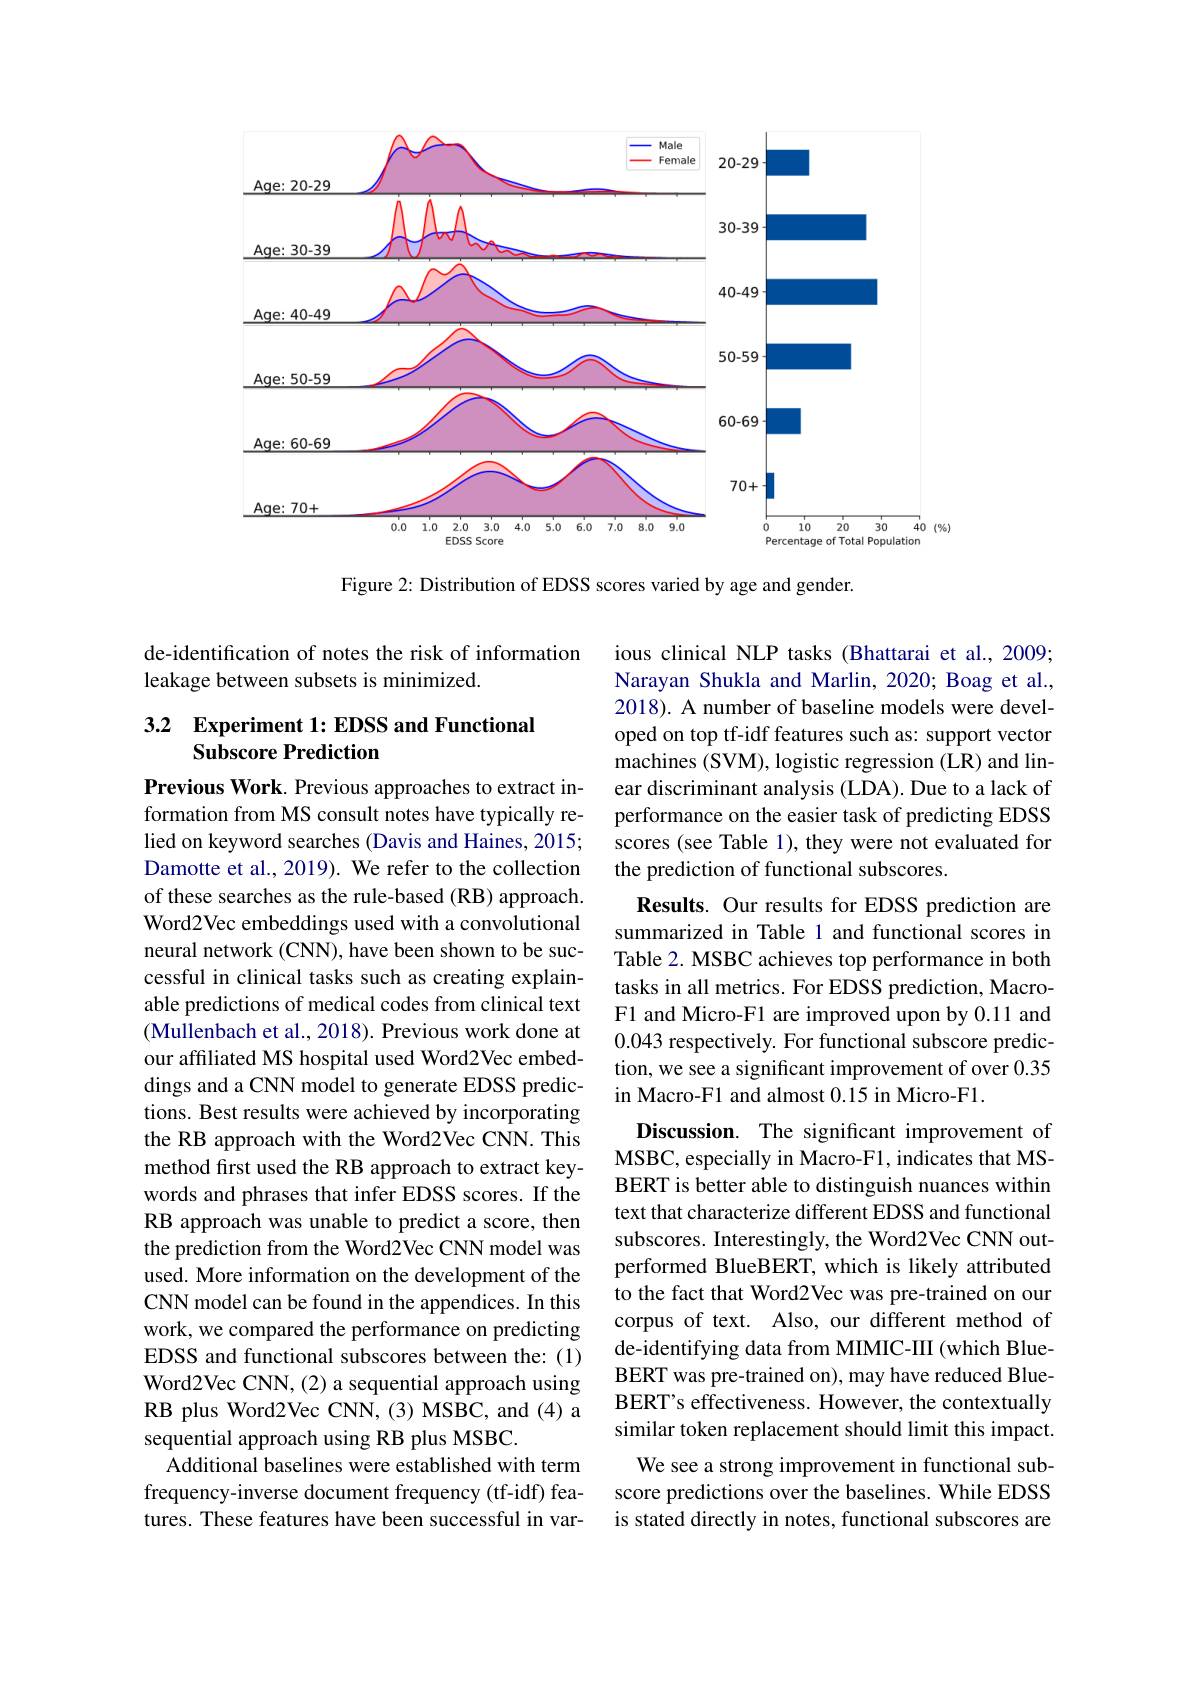
<FigureHere>

Figure 2: Distribution of EDSS scores varied by age and gender.

### de-identification of notes the risk of information leakage between subsets is minimized.

## 3.2 Experiment 1: EDSS and Functional Subscore Prediction

ious clinical NLP tasks (Bhattarai et al., 2009; Narayan Shukla and Marlin, 2020; Boag et al., 2018). A number of baseline models were developed on top tf-idf features such as: support vector machines (SVM), logistic regression (LR) and linear discriminant analysis (LDA). Due to a lack of performance on the easier task of predicting EDSS scores (see Table 1), they were not evaluated for the prediction of functional subscores.
Results. Our results for EDSS prediction are summarized in Table 1 and functional scores in Table 2. MSBC achieves top performance in both tasks in all metrics. For EDSS prediction, MacroF1 and Micro-F1 are improved upon by 0.11 and 0.043 respectively. For functional subscore prediction, we see a significant improvement of over 0.35 in Macro-F1 and almost 0.15 in Micro-F1.
Discussion. The significant improvement of MSBC, especially in Macro-F1, indicates that MSBERT is better able to distinguish nuances within text that characterize different EDSS and functional subscores. Interestingly, the Word2Vec CNN outperformed BlueBERT, which is likely attributed to the fact that Word2Vec was pre-trained on our corpus of text. Also, our different method of de-identifying data from MIMIC-III (which BlueBERT was pre-trained on), may have reduced BlueBERT's effectiveness. However, the contextually similar token replacement should limit this impact. We see a strong improvement in functional subscore predictions over the baselines. While EDSS is stated directly in notes, functional subscores are

Previous Work. Previous approaches to extract information from MS consult notes have typically relied on keyword searches (Davis and Haines, 2015; Damotte et al., 2019). We refer to the collection of these searches as the rule-based (RB) approach. Word2Vec embeddings used with a convolutional neural network (CNN), have been shown to be successful in clinical tasks such as creating explainable predictions of medical codes from clinical text (Mullenbach et al., 2018). Previous work done at our affiliated MS hospital used Word2Vec embeddings and a CNN model to generate EDSS predictions. Best results were achieved by incorporating the RB approach with the Word2Vec CNN. This method first used the RB approach to extract keywords and phrases that infer EDSS scores. If the RB approach was unable to predict a score, then the prediction from the Word2Vec CNN model was used. More information on the development of the CNN model can be found in the appendices. In this work, we compared the performance on predicting EDSS and functional subscores between the: (1) Word2Vec CNN, (2) a sequential approach using RB plus Word2Vec CNN, (3) MSBC, and (4) a sequential approach using RB plus MSBC.
Additional baselines were established with term frequency-inverse document frequency (tf-idf) features. These features have been successful in var-